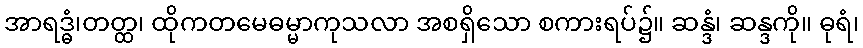
အာရဒ္ဓံ၊တတ္ထ၊ ထိုကတမေဓမ္မာကုသလာ အစရှိသော စကားရပ်၌။ ဆန္ဒံ၊ ဆန္ဒကို။ ဓုရံ၊